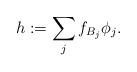
LaTeX: \begin{align*}h:=\sum_{j}f_{B_j}\phi_j.\end{align*}